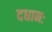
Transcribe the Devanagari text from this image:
दधानः